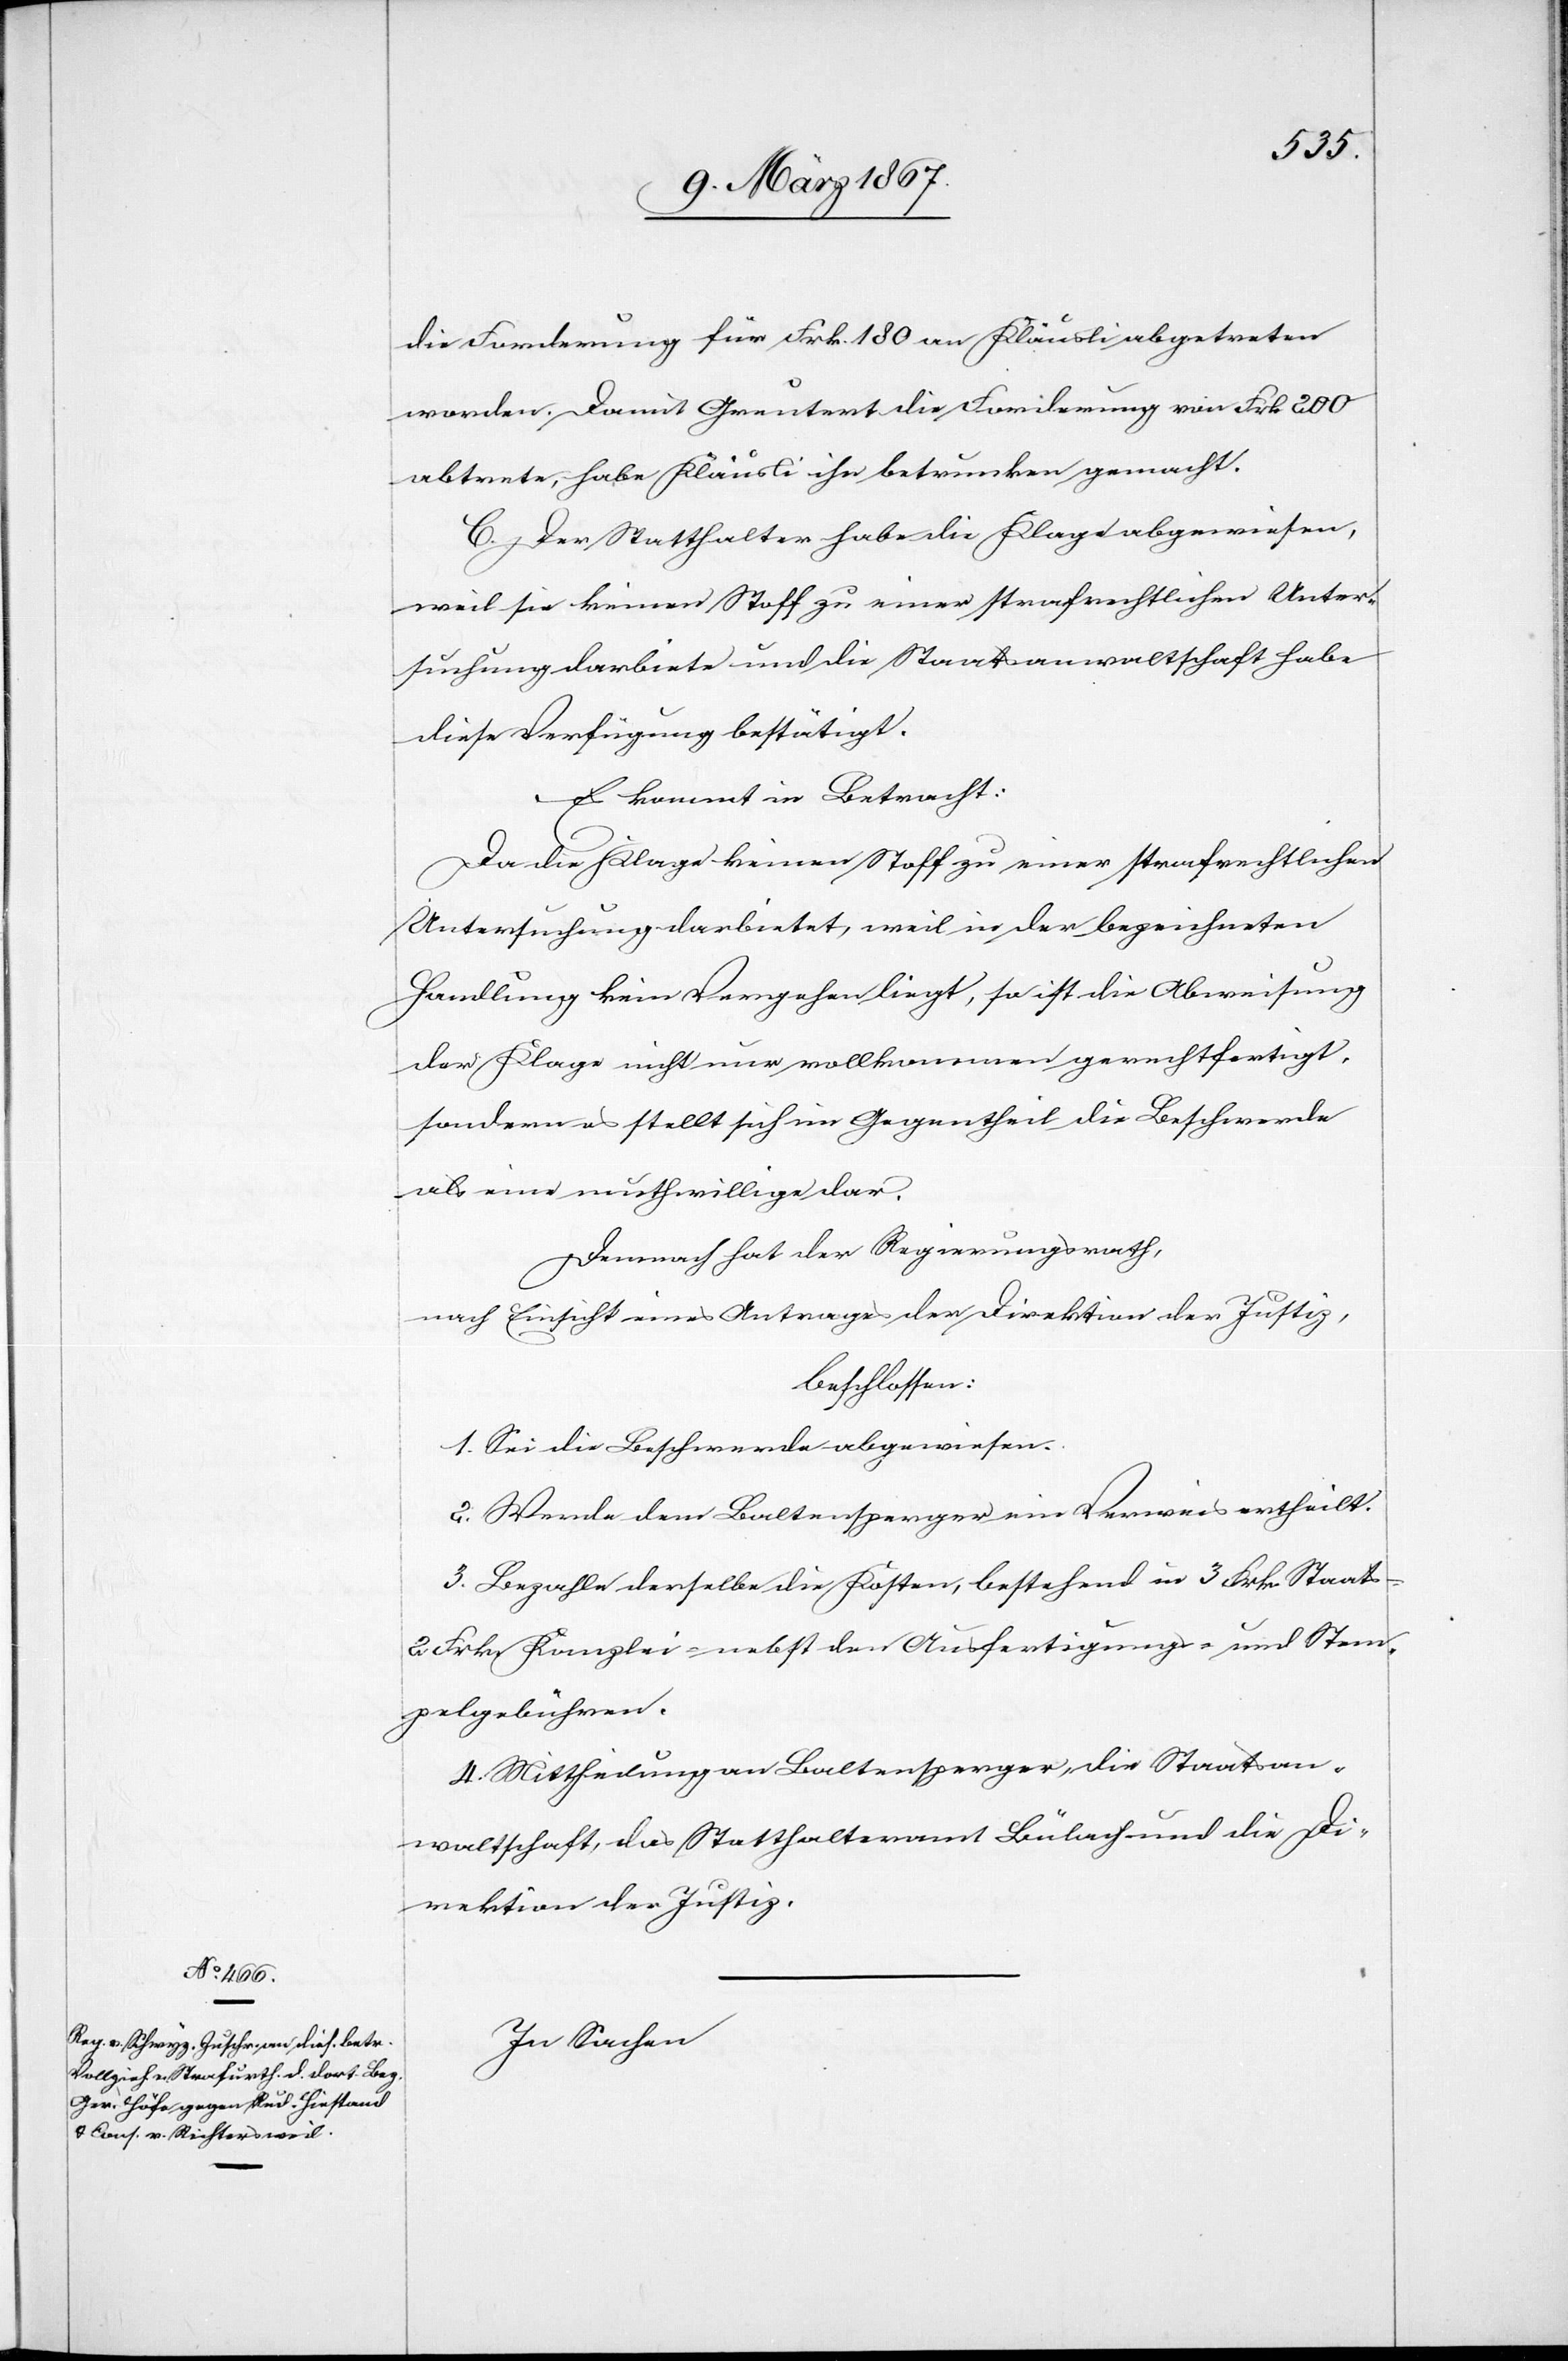
die Forderung für Frk. 180 an Kläusli abgetreten
worden. Damit Greutert die Forderung von Frk. 200
abtrete, habe Kläusli ihn betrunken gemacht.
C. Der Statthalter habe die Klage abgewiesen,
weil sie keinen Stoff zu einer strafrechtlichen Unter¬
suchung darbiete und die Staatsanwaltschaft habe
diese Verfügung bestätigt.
Es kommt in Betracht:
Da die Klage keinen Stoff zu einer strafrechtlichen
Untersuchung darbietet, weil in der bezeichneten
Handlung kein Vergehen liegt, so ist die Abweisung
der Klage nicht nur vollkommen gerechtfertigt,
sondern es stellt sich im Gegentheil die Beschwerde
als eine muthwillige dar.
Demnach hat der Regierungsrath,
nach Einsicht eines Antrages der Direktion der Justiz,
beschlossen:
1. Sei die Beschwerde abgewiesen.
2. Werde dem Baltensperger ein Verweis ertheilt.
3. Bezahle derselbe die Kosten, bestehend in 3 Frk. Staats-[,]
2 Frk. Kanzlei- nebst den Ausfertigungs- und Stem¬
pelgebühren.
4. Mittheilung an Baltensperger, die Staatsan¬
waltschaft, das Statthalteramt Bülach und die Di¬
rektion der Justiz.
In Sachen